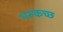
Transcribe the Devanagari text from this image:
भरुकच्छ